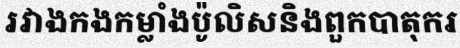
រវាងកងកម្លាំងប៉ូលិសនិងពួកបាតុករ